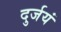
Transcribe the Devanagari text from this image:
दुर्जयं